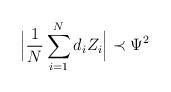
LaTeX: \begin{align*} \Big| \frac{1}{N}\sum_{i=1}^N d_i Z_i\Big| \prec \Psi^2\end{align*}